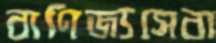
বাণিজ্যসেবা